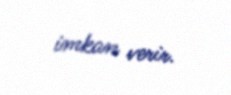
imkan verir.